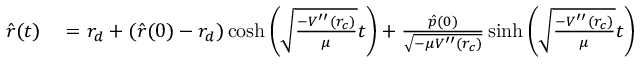
\begin{array} { r l } { { \hat { r } } ( t ) } & { { } = r _ { d } + ( { \hat { r } } ( 0 ) - r _ { d } ) \cosh \left( \sqrt { \frac { - V ^ { \prime \prime } ( r _ { c } ) } { \mu } } t \right) + \frac { { \hat { p } } ( 0 ) } { \sqrt { - \mu V ^ { \prime \prime } ( r _ { c } ) } } \sinh \left( \sqrt { \frac { - V ^ { \prime \prime } ( r _ { c } ) } { \mu } } t \right) } \end{array}